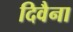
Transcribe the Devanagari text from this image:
दिवैना